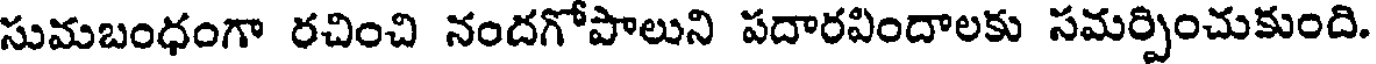
సుమబంధంగా రచించి నందగోపాలుని పదారవిందాలకు సమర్పించుకుంది